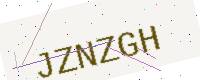
Text: JZNZGH